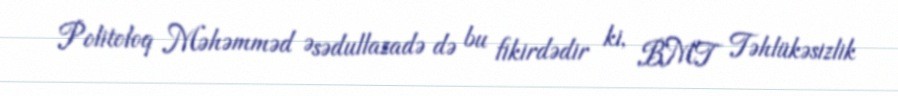
Politoloq Məhəmməd Əsədullazadə də bu fikirdədir ki, BMT Təhlükəsizlik